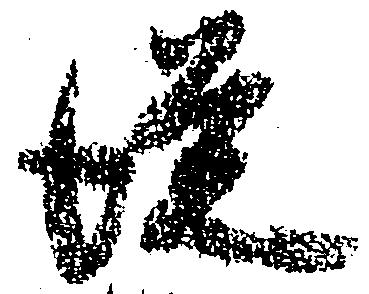
従